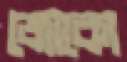
জোকো